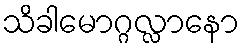
သိခါမောဂ္ဂလ္လာနော